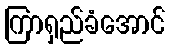
ကြာရှည်ခံအောင်